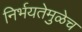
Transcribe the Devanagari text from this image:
निर्भयतेमुळेच